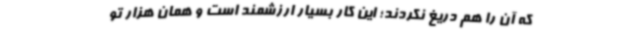
که آن را هم دریغ نکردند؛ این کار بسیار ارزشمند است و همان هزار تو